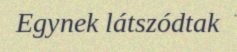
Egynek látszódtak